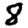
Digit: 8